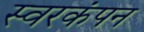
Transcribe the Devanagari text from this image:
स्वरकंपन